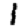
Digit: 1